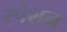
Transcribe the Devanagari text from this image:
स्पेशन